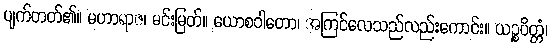
ပျက်တတ်၏။ မဟာရာဇ၊ မင်းမြတ်။ ယောစဝါတော၊ အကြင်လေသည်လည်းကောင်း။ ယဉ္စပိတ္တံ၊